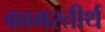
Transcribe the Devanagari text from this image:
कामरतीर्थ